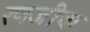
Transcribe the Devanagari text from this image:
रणजीचा